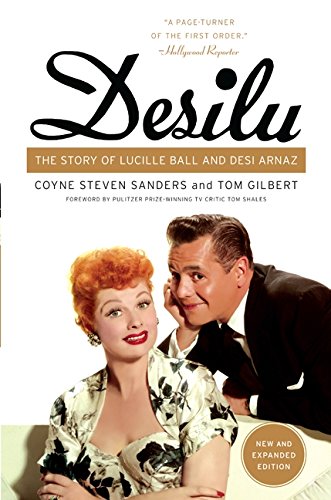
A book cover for Desilu: The Story of Lucille Ball and Desi Arnaz; Coyne S. Sanders; Humor & Entertainment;